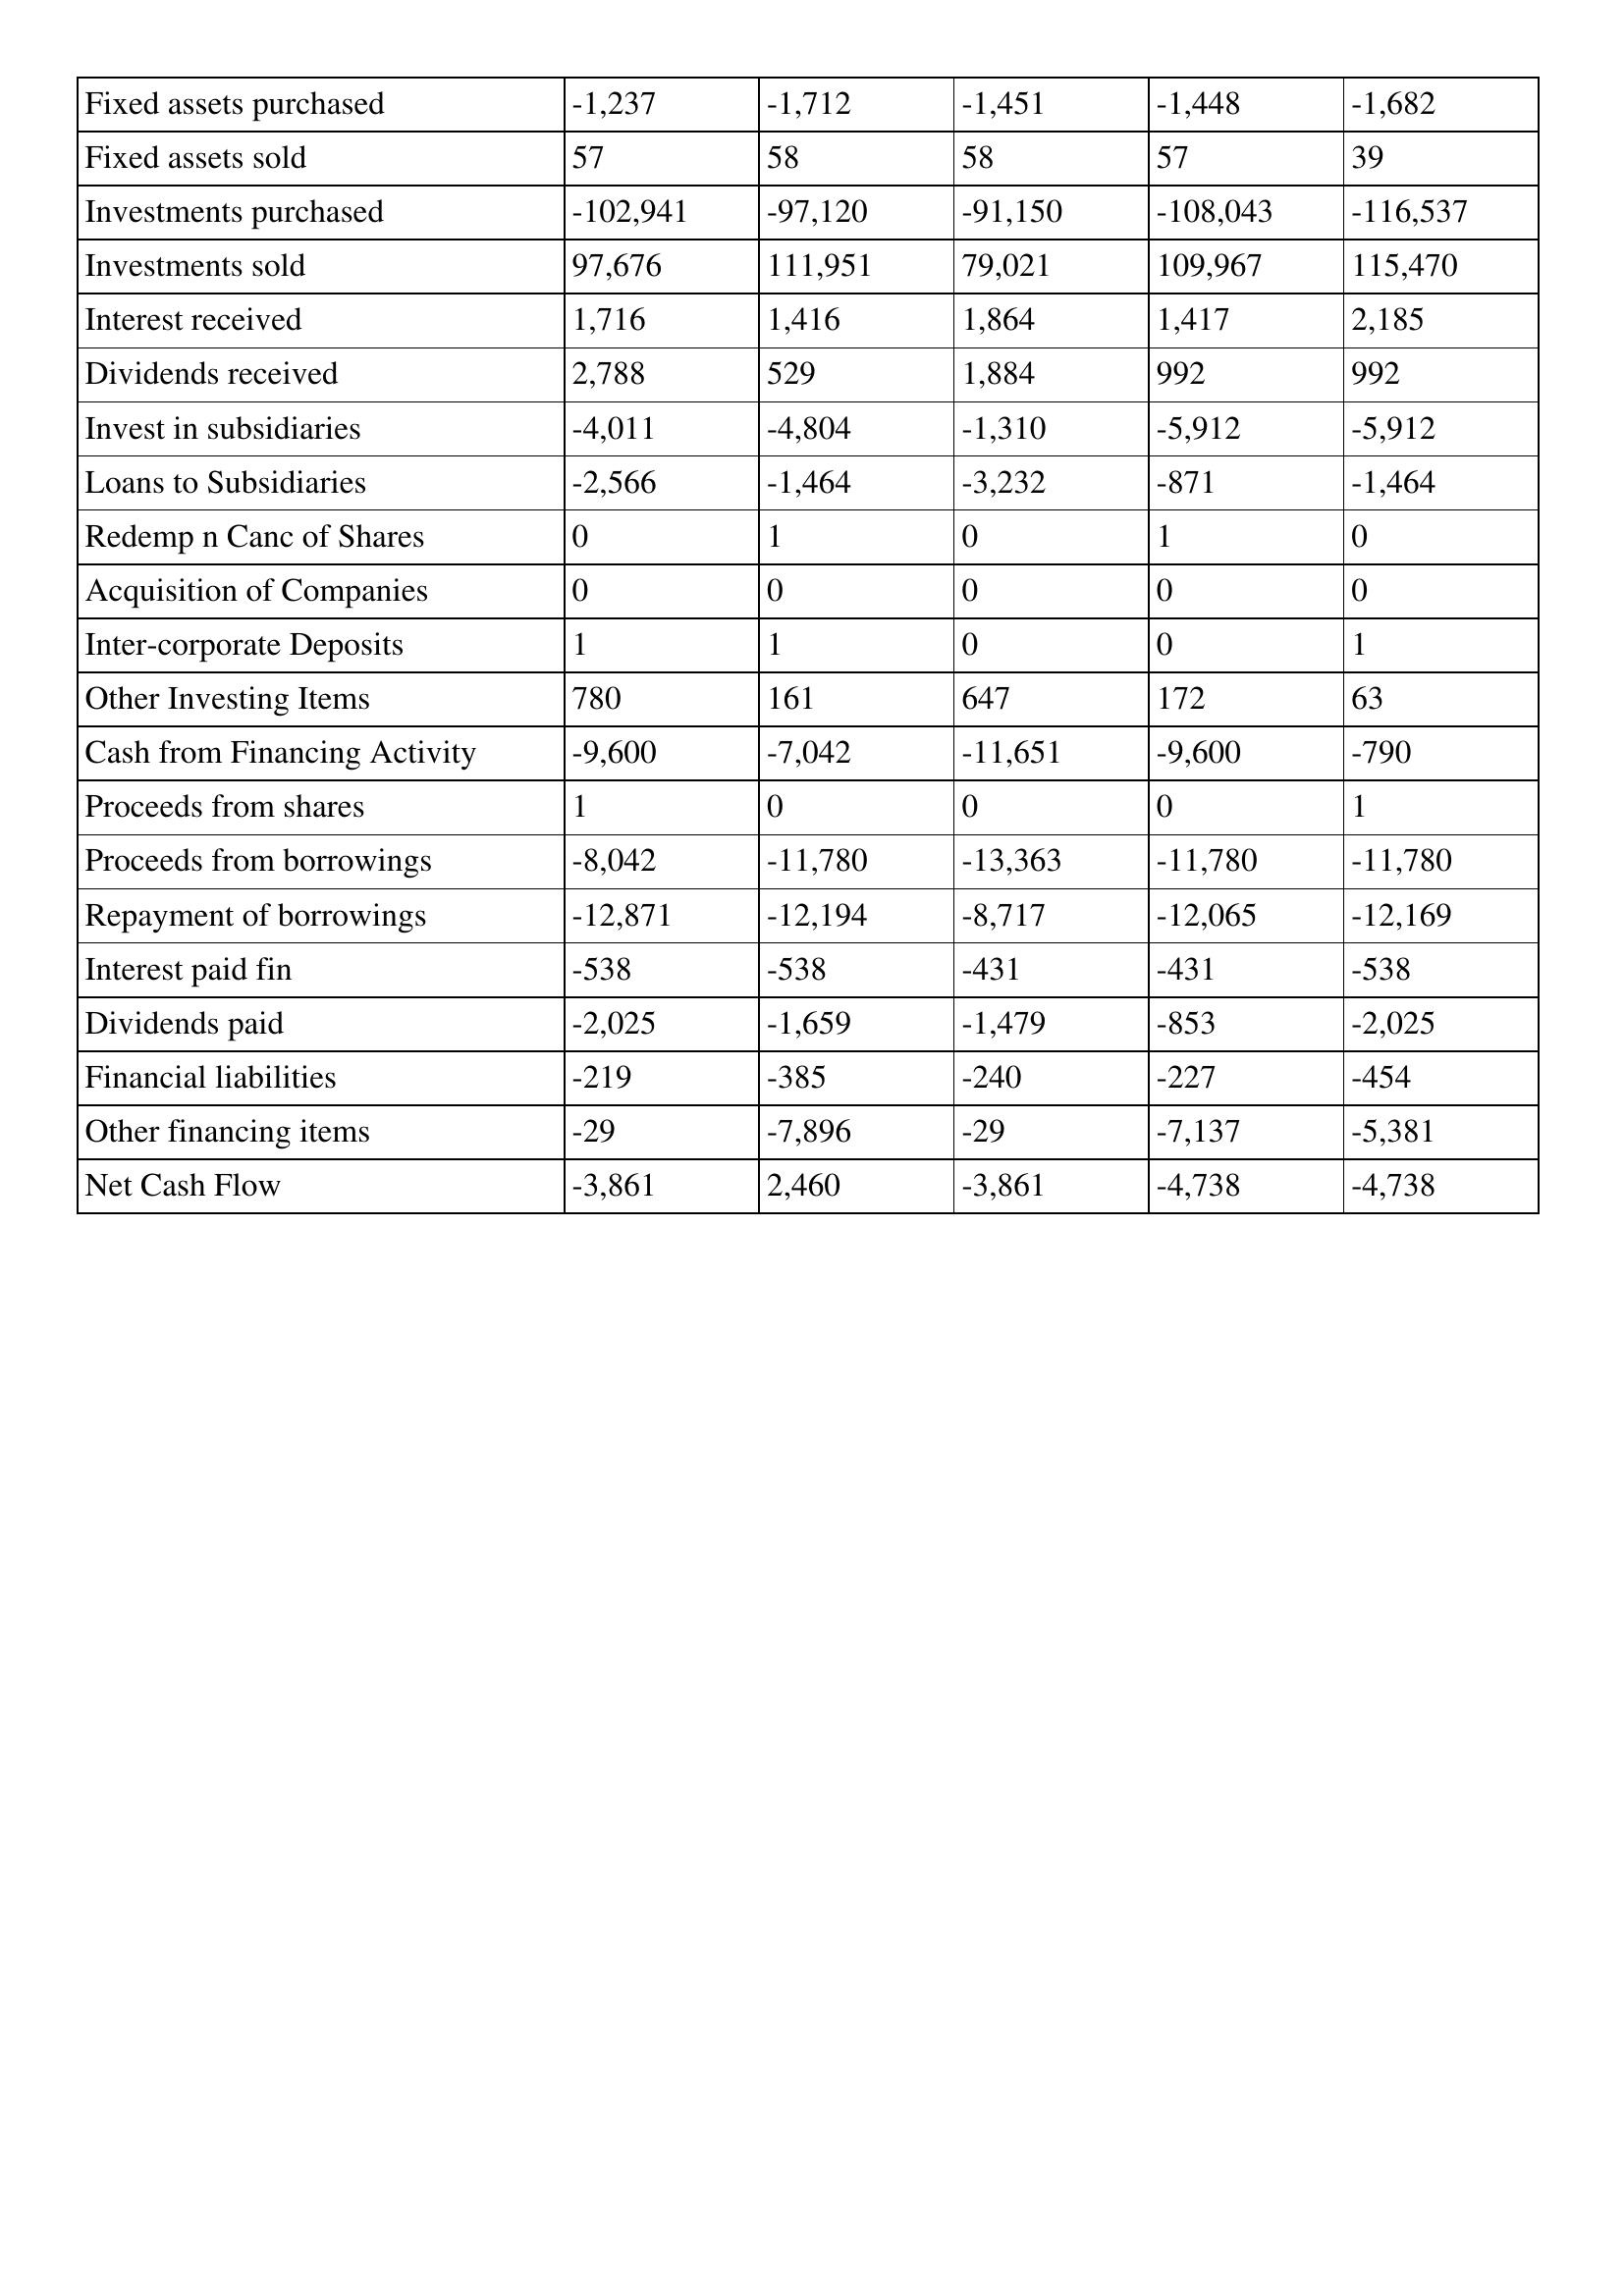
gt_parse: 1995: Cash Flows: Fixed assets purchased: -1,237
Fixed assets sold: 57
Investments purchased: -102,941
Investments sold: 97,676
Interest received: 1,716
Dividends received: 2,788
Invest in subsidiaries: -4,011
Loans to Subsidiaries: -2,566
Redemp n Canc of Shares: 0
Acquisition of Companies: 0
Inter-corporate Deposits: 1
Other Investing Items: 780
Cash from Financing Activity: -9,600
Proceeds from shares: 1
Proceeds from borrowings: -8,042
Repayment of borrowings: -12,871
Interest paid fin: -538
Dividends paid: -2,025
Financial liabilities: -219
Other financing items: -29
Net Cash Flow: -3,861
1994: Cash Flows: Fixed assets purchased: -1,712
Fixed assets sold: 58
Investments purchased: -97,120
Investments sold: 111,951
Interest received: 1,416
Dividends received: 529
Invest in subsidiaries: -4,804
Loans to Subsidiaries: -1,464
Redemp n Canc of Shares: 1
Acquisition of Companies: 0
Inter-corporate Deposits: 1
Other Investing Items: 161
Cash from Financing Activity: -7,042
Proceeds from shares: 0
Proceeds from borrowings: -11,780
Repayment of borrowings: -12,194
Interest paid fin: -538
Dividends paid: -1,659
Financial liabilities: -385
Other financing items: -7,896
Net Cash Flow: 2,460
1993: Cash Flows: Fixed assets purchased: -1,451
Fixed assets sold: 58
Investments purchased: -91,150
Investments sold: 79,021
Interest received: 1,864
Dividends received: 1,884
Invest in subsidiaries: -1,310
Loans to Subsidiaries: -3,232
Redemp n Canc of Shares: 0
Acquisition of Companies: 0
Inter-corporate Deposits: 0
Other Investing Items: 647
Cash from Financing Activity: -11,651
Proceeds from shares: 0
Proceeds from borrowings: -13,363
Repayment of borrowings: -8,717
Interest paid fin: -431
Dividends paid: -1,479
Financial liabilities: -240
Other financing items: -29
Net Cash Flow: -3,861
1992: Cash Flows: Fixed assets purchased: -1,448
Fixed assets sold: 57
Investments purchased: -108,043
Investments sold: 109,967
Interest received: 1,417
Dividends received: 992
Invest in subsidiaries: -5,912
Loans to Subsidiaries: -871
Redemp n Canc of Shares: 1
Acquisition of Companies: 0
Inter-corporate Deposits: 0
Other Investing Items: 172
Cash from Financing Activity: -9,600
Proceeds from shares: 0
Proceeds from borrowings: -11,780
Repayment of borrowings: -12,065
Interest paid fin: -431
Dividends paid: -853
Financial liabilities: -227
Other financing items: -7,137
Net Cash Flow: -4,738
1991: Cash Flows: Fixed assets purchased: -1,682
Fixed assets sold: 39
Investments purchased: -116,537
Investments sold: 115,470
Interest received: 2,185
Dividends received: 992
Invest in subsidiaries: -5,912
Loans to Subsidiaries: -1,464
Redemp n Canc of Shares: 0
Acquisition of Companies: 0
Inter-corporate Deposits: 1
Other Investing Items: 63
Cash from Financing Activity: -790
Proceeds from shares: 1
Proceeds from borrowings: -11,780
Repayment of borrowings: -12,169
Interest paid fin: -538
Dividends paid: -2,025
Financial liabilities: -454
Other financing items: -5,381
Net Cash Flow: -4,738